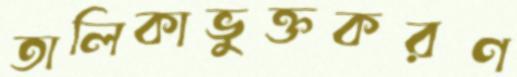
তালিকাভুক্তকরণ